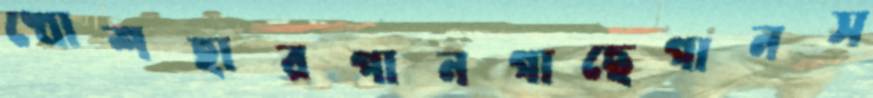
খোশহারপানগাছেগানস